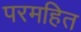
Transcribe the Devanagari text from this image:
परमहित